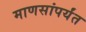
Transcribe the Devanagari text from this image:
माणसांपर्यंत